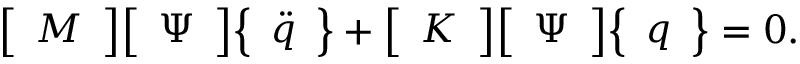
{ \left[ \begin{array} { l } { M } \end{array} \right] } { \left[ \begin{array} { l } { \Psi } \end{array} \right] } { \left\{ \begin{array} { l } { { \ddot { q } } } \end{array} \right\} } + { \left[ \begin{array} { l } { K } \end{array} \right] } { \left[ \begin{array} { l } { \Psi } \end{array} \right] } { \left\{ \begin{array} { l } { q } \end{array} \right\} } = 0 .